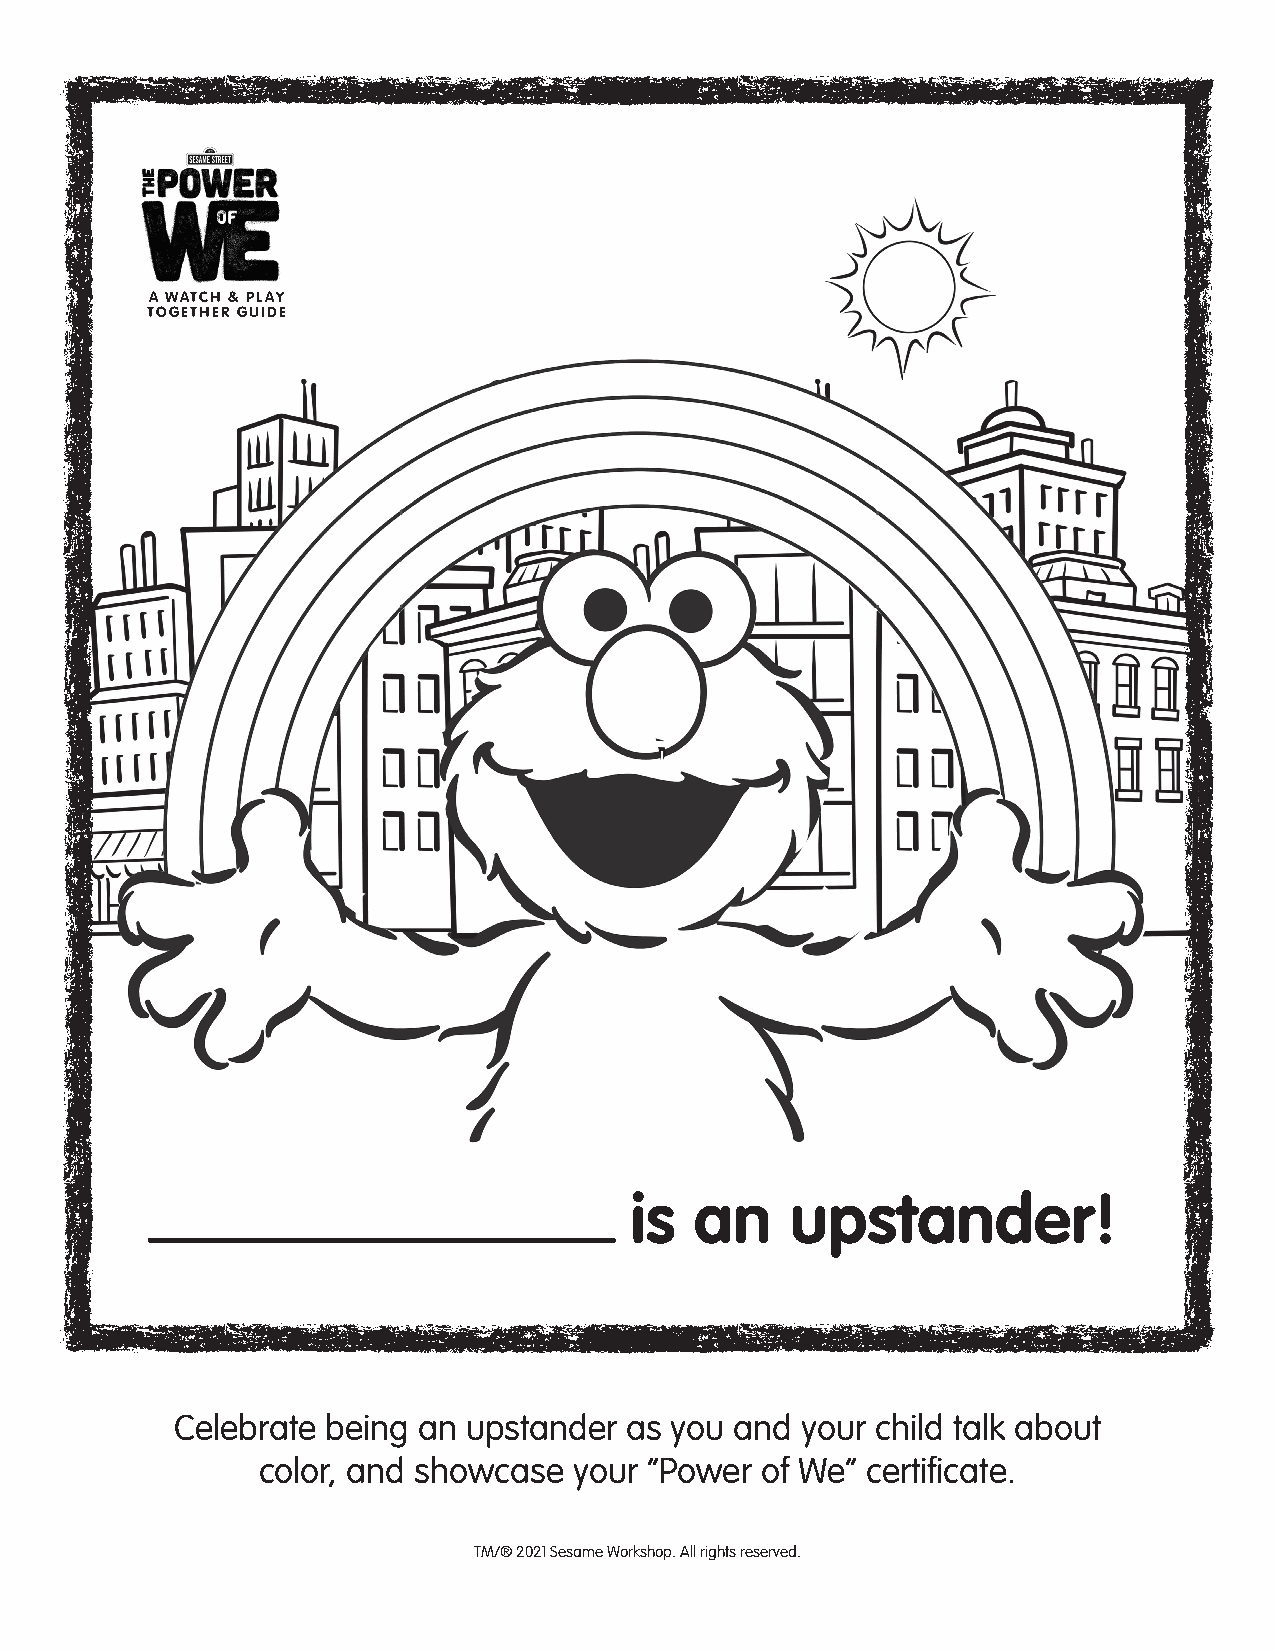
A WATCH & PLAY
 TOGETHER GUIDE
 is  an    upstander!
 Celebrate being an upstander  as you and your child talk about
 color, and showcase  your “Power of We” certifi cate.
 TM/® 2021 Sesame Workshop. All rights reserved.